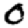
Digit: 0